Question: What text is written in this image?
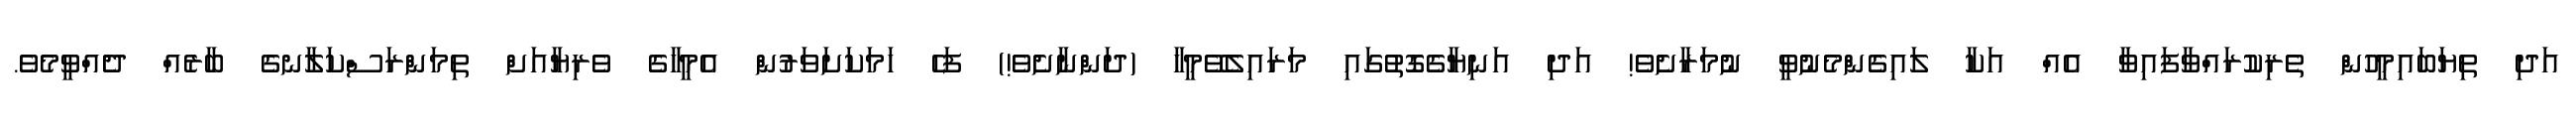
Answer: އަދި ތިޔަބައިމީހުން ތެރިކުރައްވާފައިވާ އެއް އަކާ ލައިގެންމެނުވީ ނުމަރާށެވެ! އަދި އަނިޔާގެގޮތުގައި މަރައިލެވޭމީހާ (ދަންނާށެވެ!) ފަހެ ހަމަކަށަވަރުން އެމީހާގެ ވެރިޔާއަށް ތިމަންރަސްކަލާނގެ ބާރެއް ދެއްވީމެވެ.